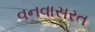
વનવાસરત